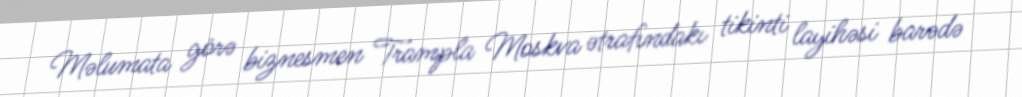
Məlumata görə biznesmen Trampla Moskva ətrafındakı tikinti layihəsi barədə